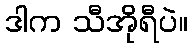
ဒါက သီအိုရီပဲ။